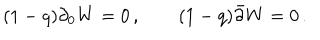
\begin{array} { l l } { { ( 1 - q ) \partial _ { 0 } W = 0 \, , ~ ~ } } & { { ~ ~ ( 1 - q ) \bar { \partial } W = 0 \, . } } \\ \end{array}